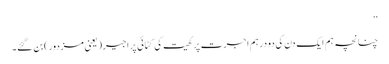
‘‘
چنانچہ ہم ایک دن کی دو درہم اجرت پر کھیت کی کٹائی پر اجیر(یعنی مزدور)بن گئے۔